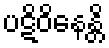
ပဋိဝိနေန္တိ